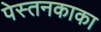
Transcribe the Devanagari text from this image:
पेस्तनकाका